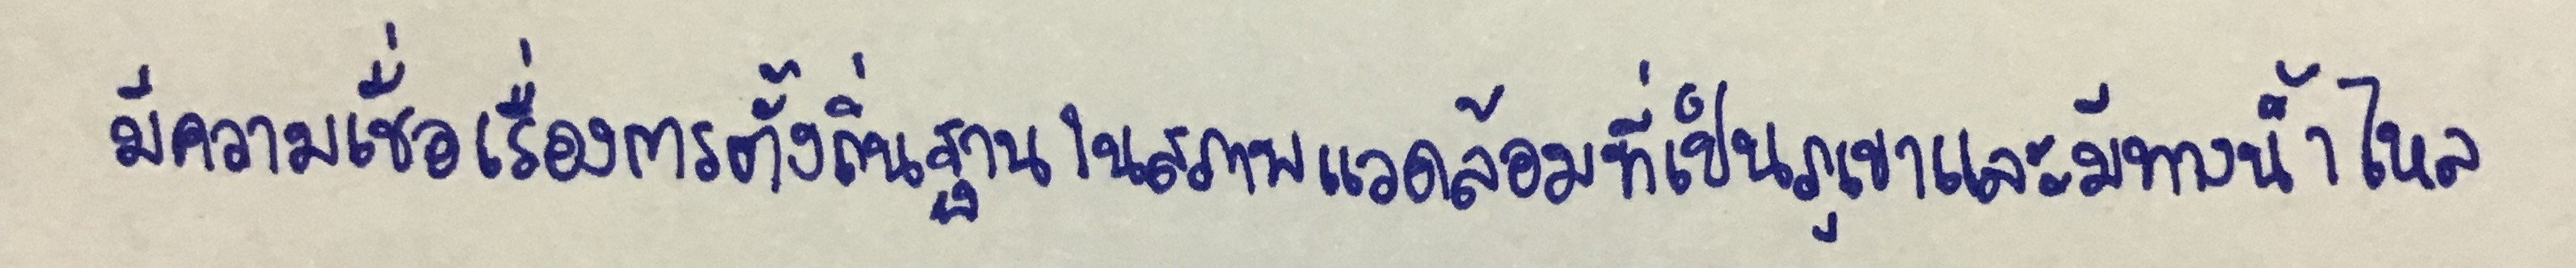
มีความเชื่อเรื่องการตั้งถิ่นฐานในสภาพแวดล้อมที่เป็นภูเขาและมีทางน้ำไหล